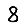
Digit: 8